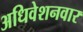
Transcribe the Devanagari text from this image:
अधिवेशनवार